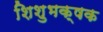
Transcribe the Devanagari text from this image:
शिशुभक्षक